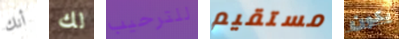
أنك لك للترحيب مستقيم يكون